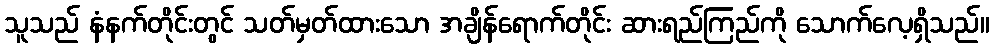
သူသည် နံနက်တိုင်းတွင် သတ်မှတ်ထားသော အချိန်ရောက်တိုင်း ဆားရည်ကြည်ကို သောက်လေ့ရှိသည်။